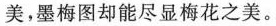
美，墨梅图却能尽显梅花之美。